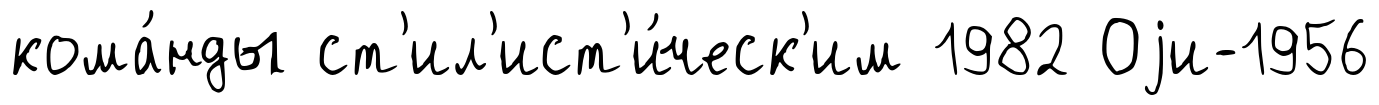
кома́нды ст'ил'ист'и́ческ'им 1982 Оjи-1956